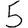
Digit: 5